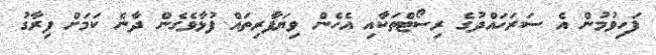
ފަހިވުމުން އެ ސަރަހައްދުގެ ރިސޯޓްތަކާއި އެހެން ވިޔަފާރިތައް ފުޅާވެގެން ދާނެ ކަމަށް ފިރާގު